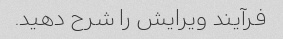
فرآیند ویرایش را شرح دهید.